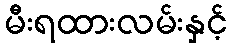
မီးရထားလမ်းနှင့်